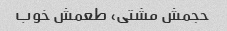
حجمش مشتی، طعمش خوب